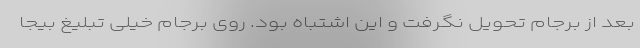
بعد از برجام تحویل نگرفت و این اشتباه بود. روی برجام خیلی تبلیغ بیجا